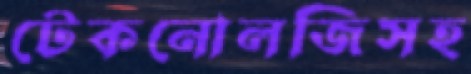
টেকনোলজিসহ